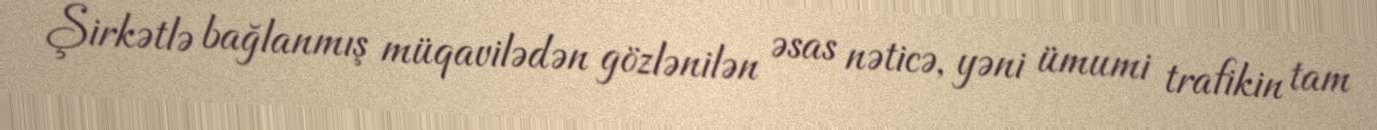
Şirkətlə bağlanmış müqavilədən gözlənilən əsas nəticə, yəni ümumi trafikin tam